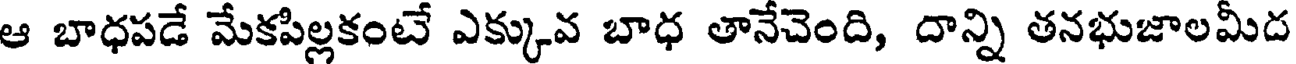
ఆ బాధపడే మేకపిల్లకంటే ఎక్కువ బాధ తానేచెంది, దాన్ని తనభుజాలమీద